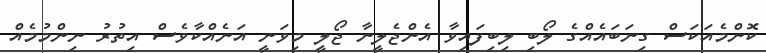
ކޮންމެއަކަސް ގިނަބައެއްގެ ލޯބި ލިބިފައިވާ އެންޖެލީނާ ޖޯލީ މިވަނީ އަނެއްކާވެސް އިތުރު ނިންމުމެއް